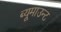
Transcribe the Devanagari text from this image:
ब्यूमाउन्ट